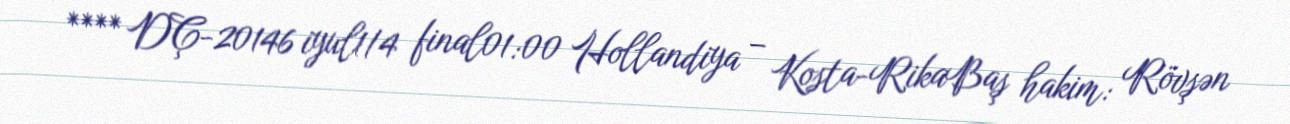
**** DÇ-20146 iyul1/4 final01:00 Hollandiya – Kosta-RikaBaş hakim: Rövşən